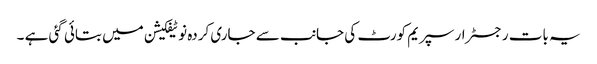
یہ بات رجسٹرار سپریم کورٹ کی جانب سے جاری کردہ نوٹیفکیشن میں بتائی گئی ہے ۔